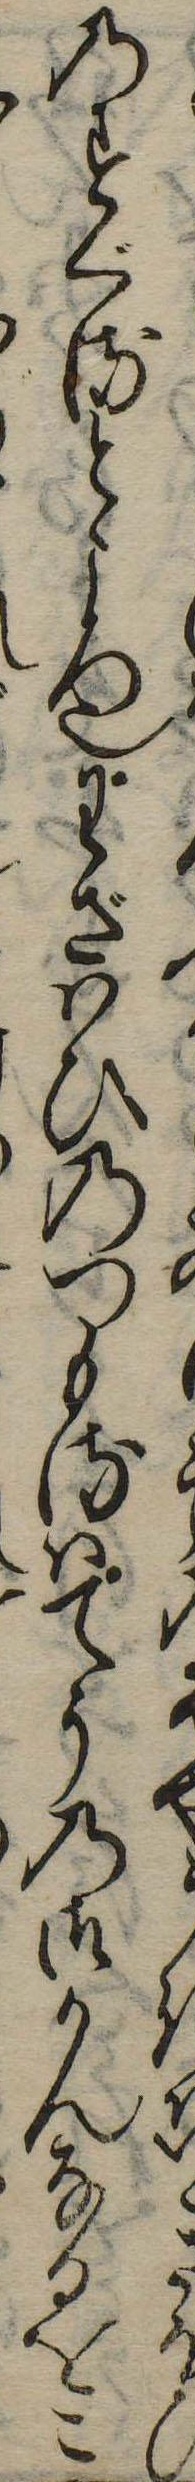
うきひのすぐるところ也わざはひのつもるはてうのさかんなるをこ